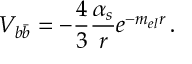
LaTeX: { V _ { b \bar { b } } } = - { \frac { 4 } { 3 } } { \frac { \alpha _ { s } } { r } } e ^ { - m _ { e l } r } \, .